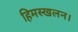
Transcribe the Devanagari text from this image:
हिमस्खलन।